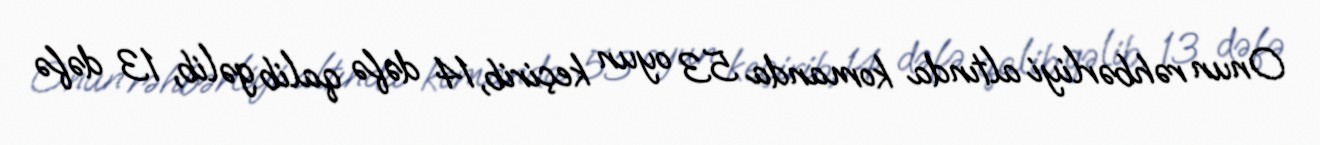
Onun rəhbərliyi altında komanda 53 oyun keçirib, 14 dəfə qalib gəlib, 13 dəfə